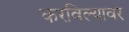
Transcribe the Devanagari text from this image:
करविल्यावर